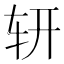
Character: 𨐆